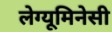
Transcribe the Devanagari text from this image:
लेग्यूमिनेसी